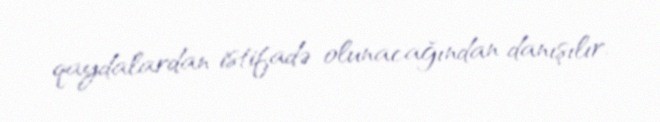
qaydalardan istifadə olunacağından danışılır.